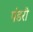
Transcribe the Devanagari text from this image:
पंडरी